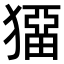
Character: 𤡼